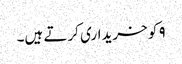
۹ کو خریداری کرتے ہیں۔